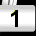
Digit: 1